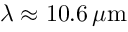
\lambda \approx 1 0 . 6 \, \mu \mathrm { m }